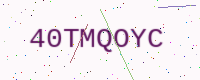
Text: 40TMQOYC